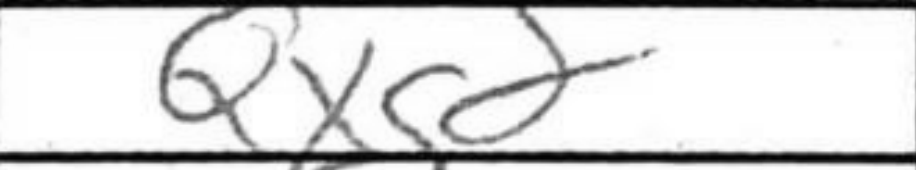
Transcription: Qxg8